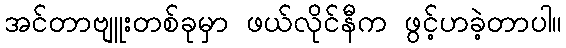
အင်တာဗျူးတစ်ခုမှာ ဖယ်လိုင်နီက ဖွင့်ဟခဲ့တာပါ။